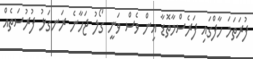
ފުރަތަމަ ހާފްގައި ފަރެސްމާތޮޑާ އިން ވެސް ވަނީ ގޯލު ޖަހާނެ ރަނގަޅު ފުރުސަތެއް